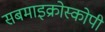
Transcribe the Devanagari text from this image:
सबमाइक्रोस्कोपी